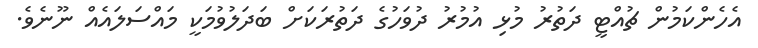
އެހެންކަމުން ޗުއްޓީ ދަތުރު މުޅި އުމުރު ދުވަހުގެ ދަތުރަކަށް ބަދަލުވުމަކީ މައްސަލައެއް ނޫނެވެ.